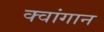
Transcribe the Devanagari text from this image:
क्वांगान